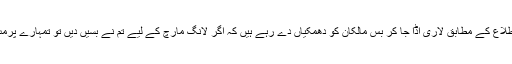
پولیس افسران ہماری اطلاع کے مطابق لاری اڈا جا کر بس مالکان کو دھمکیاں دے رہے ہیں کہ اگر لانگ مارچ کے لیے تم نے بسیں دیں تو تمہارے پرمٹ منسوخ کر دیں گے۔